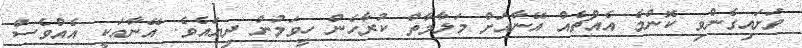
ވަށައިގެންވި ކޮންމެ އެއްޗެއް އޭނާއަށް މަލާމާތް ކުރާހެން ހީވަމުން ދިޔައެވެ. އޭނާއަކީ އެއްވެސް